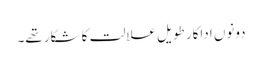
دونوں اداکار طویل علالت کا شکار تھے۔